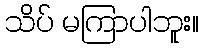
သိပ် မကြာပါဘူး။